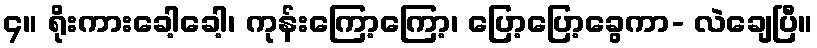
၄။ ရိုးကားခေါ့ခေါ့၊ ကုန်းကြော့ကြော့၊ ပြော့ပြော့ခွေကာ- လဲချေပြီ။